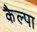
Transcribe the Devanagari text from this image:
कैल्पा